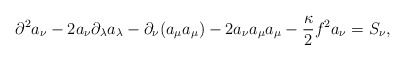
\begin{align*}\partial ^2 a_\nu-2a_\nu \partial _\lambda a_\lambda-\partial_\nu (a_\mu a_\mu )-2a_\nu a_\mu a_\mu-\frac{\kappa }{2}f^2a_\nu=S_\nu,\end{align*}